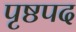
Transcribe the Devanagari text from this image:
पृष्ठपद